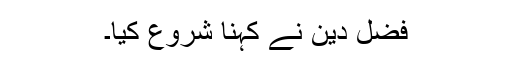
فضل دین نے کہنا شروع کیا۔